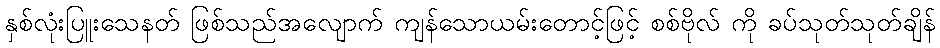
နှစ်လုံးပြူးသေနတ် ဖြစ်သည်အလျောက် ကျန်သောယမ်းတောင့်ဖြင့် စစ်ဗိုလ် ကို ခပ်သုတ်သုတ်ချိန်